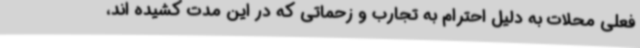
فعلی محلات به دلیل احترام به تجارب و زحماتی که در این مدت کشیده اند،